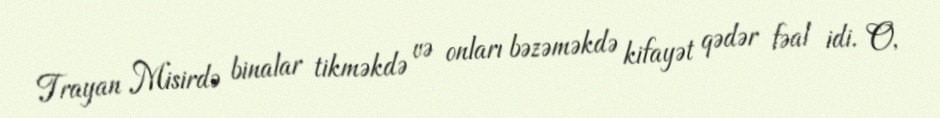
Trayan Misirdə binalar tikməkdə və onları bəzəməkdə kifayət qədər fəal idi. O,